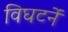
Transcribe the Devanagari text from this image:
विघटनें